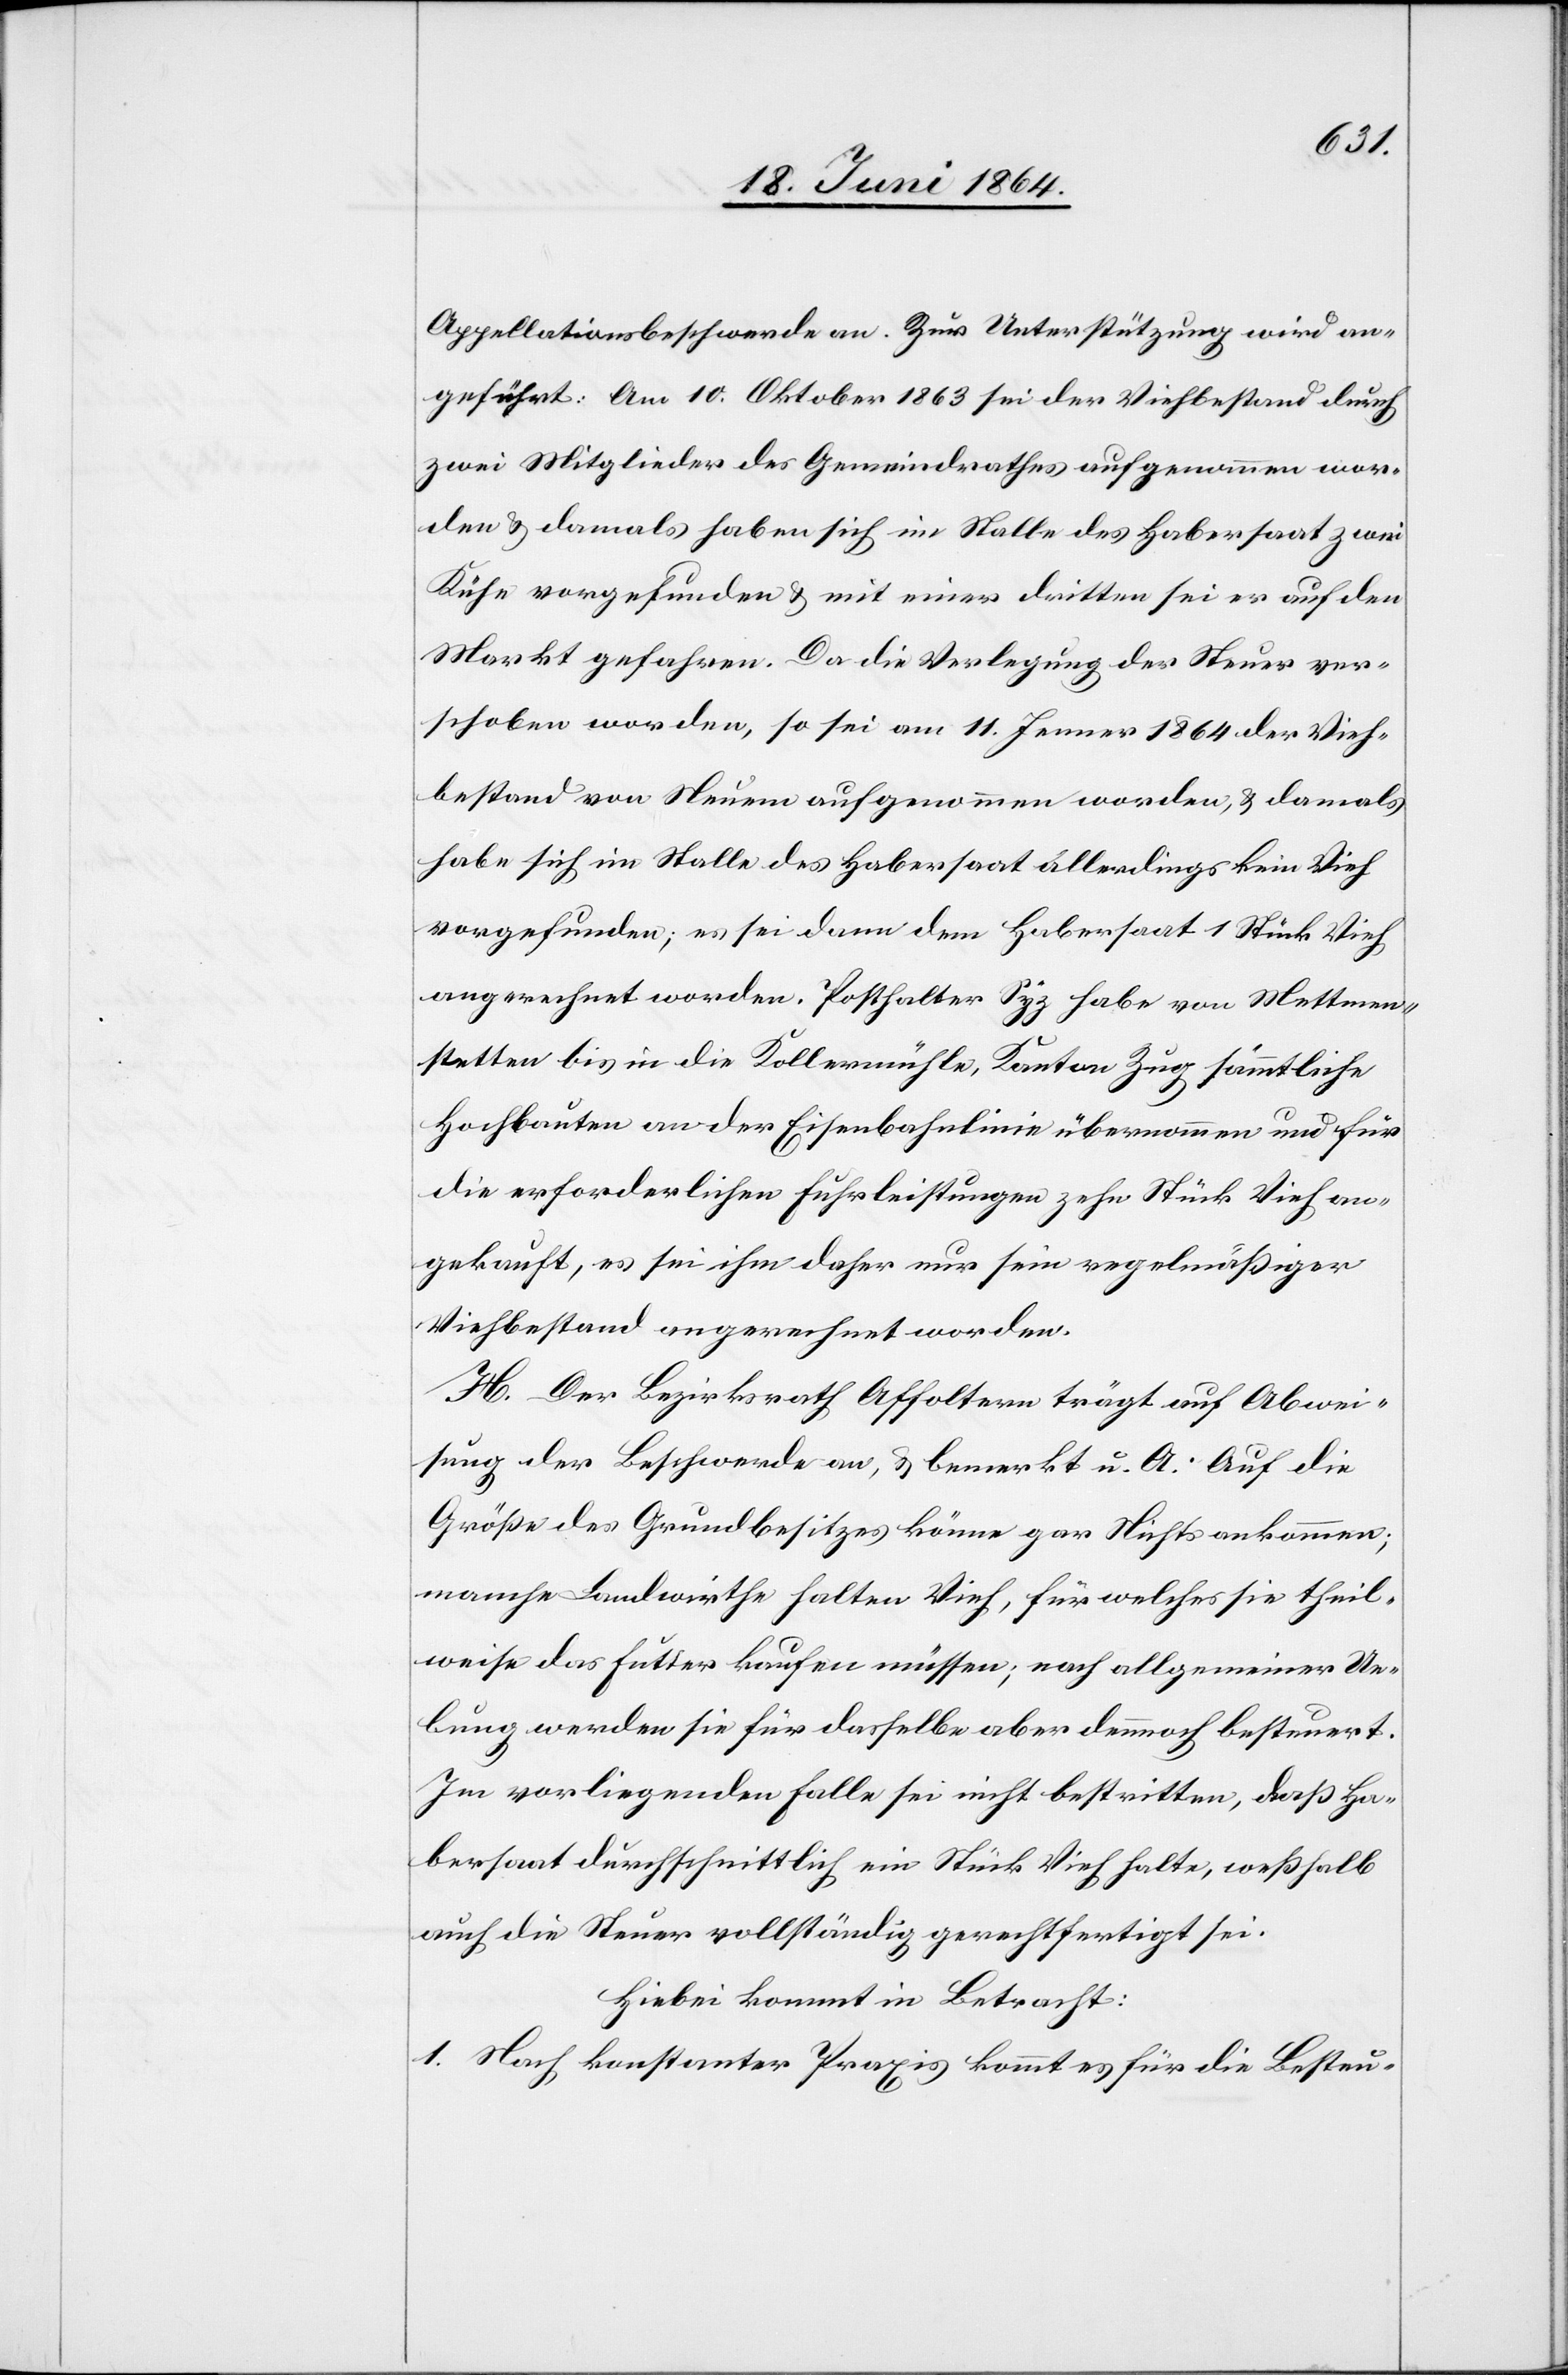
Appellationsbeschwerde an. Zur Unterstützung wird an¬
geführt: Am 10. Oktober 1863 sei der Viehbestand durch
zwei Mitglieder des Gemeindrathes aufgenommen wor¬
den u. damals haben sich im Stalle des Habersaat zwei
Kühe vorgefunden u. mit einer dritten sei er auf den
Markt gefahren. Da die Verlegung der Steuer ver¬
schoben worden, so sei am 11. Jenner 1864 der Vieh¬
bestand von Neuem aufgenommen worden, u. damals
habe sich im Stalle des Habersaat allerdings kein Vieh
vorgefunden; es sei dann dem Habersaat 1 Stück Vieh
angerechnet worden. Posthalter Syz habe von Mettmen¬
stetten bis in die Kollermühle, Kanton Zug sämmtliche
Hochbauten an der Eisenbahnlinie übernommen und für
die erforderlichen Fuhrleistungen zehn Stück Vieh an¬
gekauft, es sei ihm daher nur sein regelmäßiger
Viehbestand angerechnet worden.
H. Der Bezirksrath Affoltern trägt auf Abwei¬
sung der Beschwerde an, u. bemerkt u. A.: Auf die
Größe des Grundbesitzes könne gar Nichts ankommen;
manche Landwirthe halten Vieh, für welches sie theil¬
weise das Futter kaufen müssen; nach allgemeiner Ue¬
bung werden sie für dasselbe aber dennoch besteuert.
Im vorliegenden Falle sei nicht bestritten, daß Ha¬
bersaat durchschnittlich ein Stück Vieh halte, weßhalb
auch die Steuer vollständig gerechtfertigt sei.
Hiebei kommt in Betracht:
1. Nach konstanter Praxis kommt es für die Besteu-